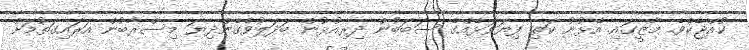
ކުއްޖެކެވެ. މާޒީގައި އެޅުނު ކަތި ފިޔަވަޅެއްގެ ސަބަބުން ދިރިއުޅުން ބަދަލުވެގެންދިޔަ މިސްރާބުން އަރައިގަތުމަށް